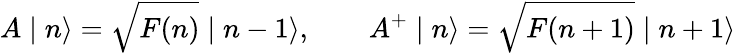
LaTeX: A\mid n\rangle=\sqrt{F(n)}\mid n-1\rangle,\qquad A^{+}\mid n\rangle=\sqrt{F(n+1)}\mid n+1\rangle